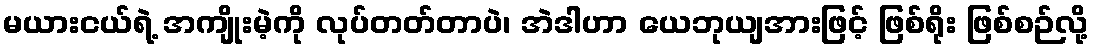
မယားငယ်ရဲ့ အကျိုးမဲ့ကို လုပ်တတ်တာပဲ၊ အဲဒါဟာ ယေဘုယျအားဖြင့် ဖြစ်ရိုး ဖြစ်စဉ်လို့